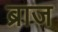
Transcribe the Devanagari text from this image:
ब्राज